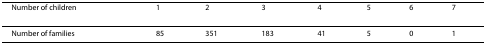
<table><thead><tr><td><b>Number of children</b></td><td><b>1</b></td><td><b>2</b></td><td><b>3</b></td><td><b>4</b></td><td><b>5</b></td><td><b>6</b></td><td><b>7</b></td></tr></thead><tbody><tr><td>Number of families</td><td>85</td><td>351</td><td>183</td><td>41</td><td>5</td><td>0</td><td>1</td></tr></tbody></table>